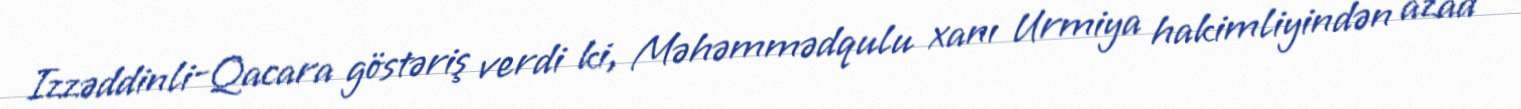
Izzəddinli-Qacara göstəriş verdi ki, Məhəmmədqulu xanı Urmiya hakimliyindən azad